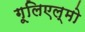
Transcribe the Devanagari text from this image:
गूलिएल्मो